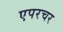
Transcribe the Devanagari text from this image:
एपरचर